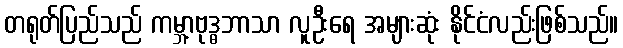
တရုတ်ပြည်သည် ကမ္ဘာ့ဗုဒ္ဓဘာသာ လူဦးရေ အများဆုံး နိုင်ငံလည်းဖြစ်သည်။